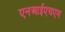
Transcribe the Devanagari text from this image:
एनआईएचएम